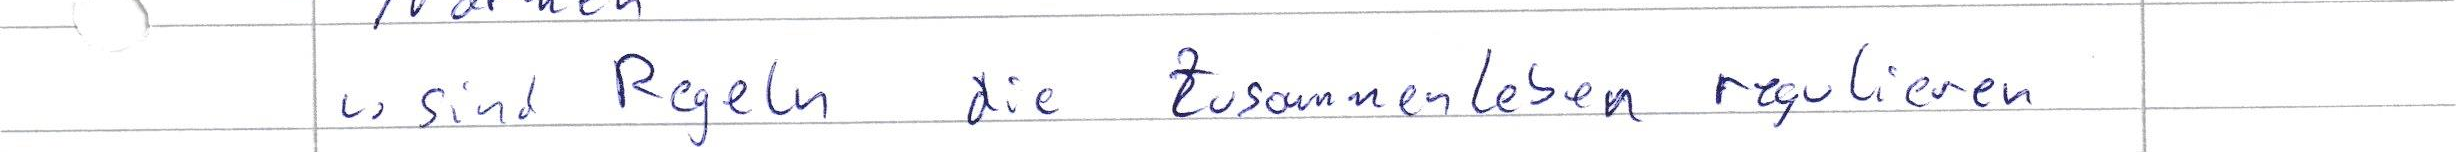
-> sind Regeln die Zusammenleben regulieren